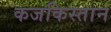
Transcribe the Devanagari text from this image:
कजकिस्तान